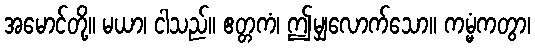
အမောင်တို့။ မယာ၊ ငါသည်။ ဧတ္တကံ၊ ဤမျှလောက်သော။ ကမ္မံကတွာ၊